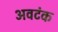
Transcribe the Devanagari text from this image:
अवटंक